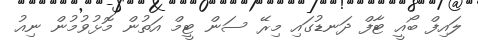
ލައިފް ބޯއީ ޓާފް ދަނޑުގައި މިރޭ ސަން ޓީމް އަތުން މޮޅުވުމުން ނިއު